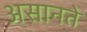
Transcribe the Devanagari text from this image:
असानते